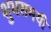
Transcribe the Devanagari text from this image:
शुभसमयी